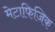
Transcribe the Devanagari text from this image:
मेटाफिजिक